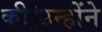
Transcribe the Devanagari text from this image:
की।उन्होंने